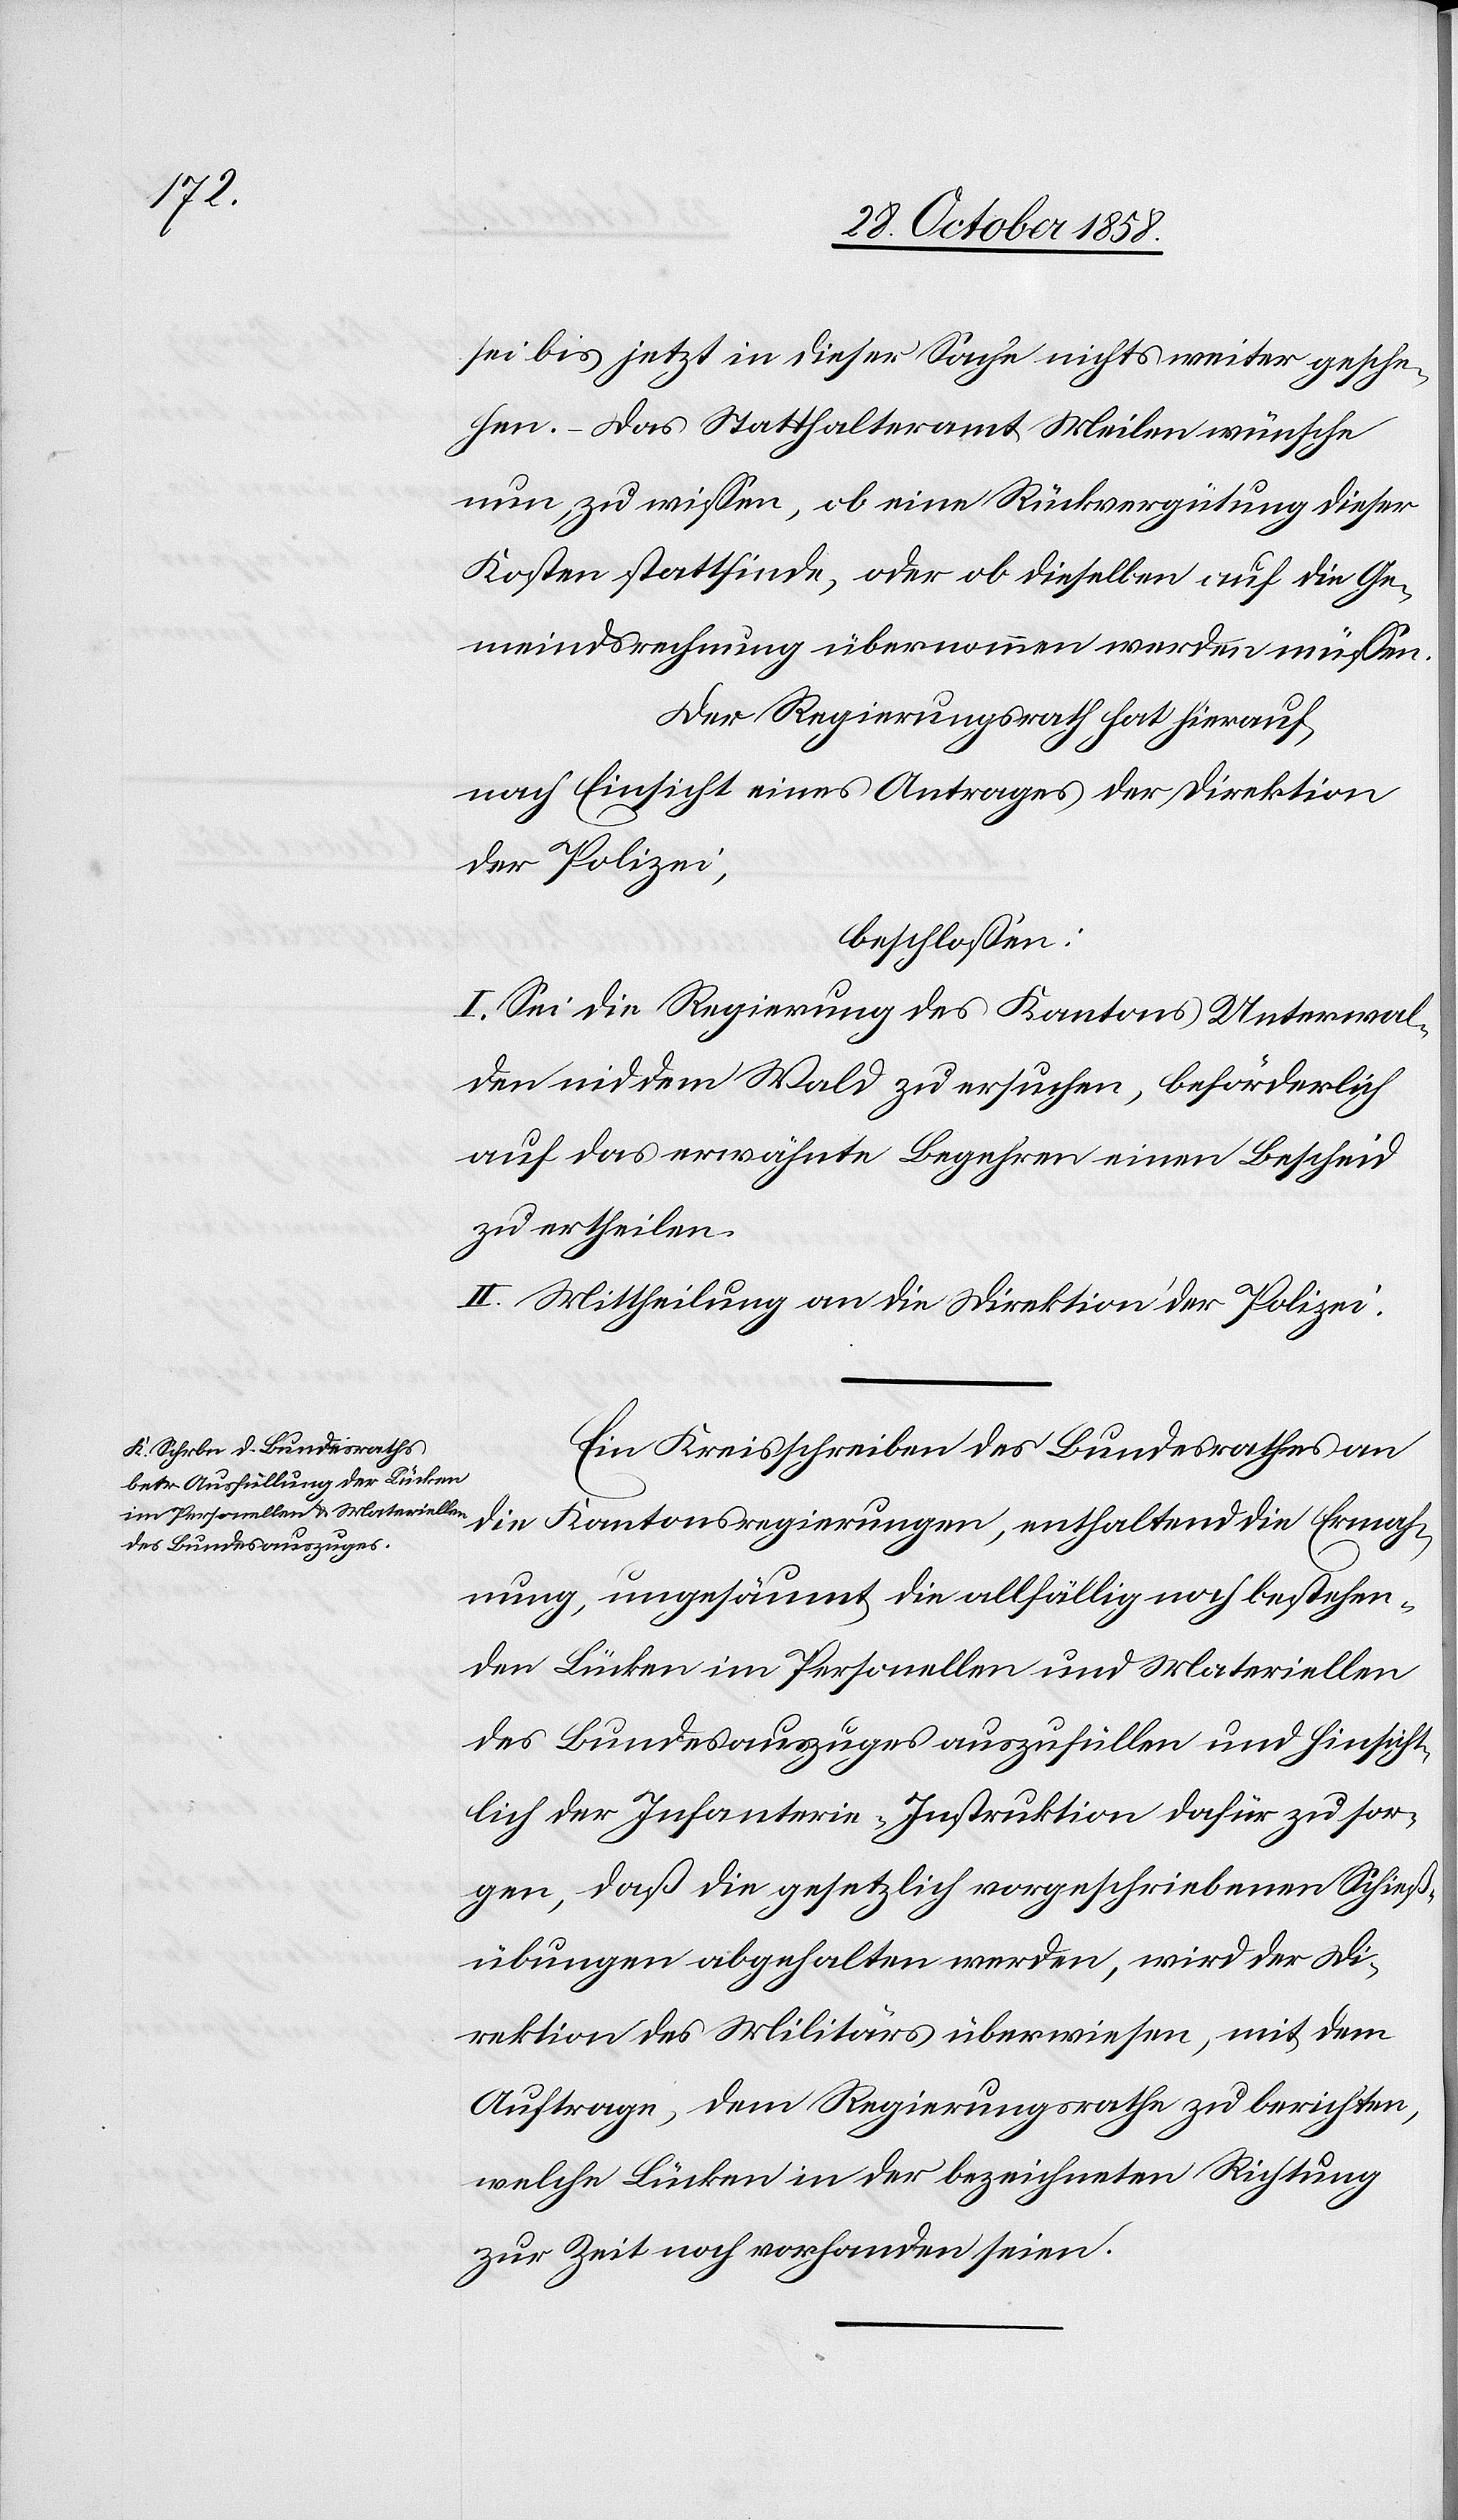
sei bis jetzt in dieser Sache nichts weiter gesche¬
hen. – Das Statthalteramt Meilen wünsche
nun, zu wissen, ob eine Rückvergütung dieser
Kosten stattfinde, oder ob dieselben auf die Ge¬
meindsrechnung übernommen werden müssen.
Der Regierungsrath hat hierauf,
nach Einsicht eines Antrages der Direktion
der Polizei,
beschlossen:
I. Sei die Regierung des Kantons Unterwal¬
den nid dem Wald zu ersuchen, beförderlich
auf das erwähnte Begehren einen Bescheid
zu ertheilen.
II. Mittheilung an die Direktion der Polizei.
Ein Kreisschreiben des Bundesrathes an
die Kantonsregierungen, enthaltend die Ermah¬
nung, ungesäumt die allfällig noch bestehen¬
den Lücken im Personellen und Materiellen
des Bundesauszuges auszufüllen und hinsicht¬
lich der Infanterie-Instruktion dafür zu sor¬
gen, daß die gesetzlich vorgeschriebenen Schieß¬
übungen abgehalten werden, wird der Di¬
rektion des Militärs überwiesen, mit dem
Auftrage, dem Regierungsrathe zu berichten,
welche Lücken in der bezeichneten Richtung
zur Zeit noch vorhanden seien.